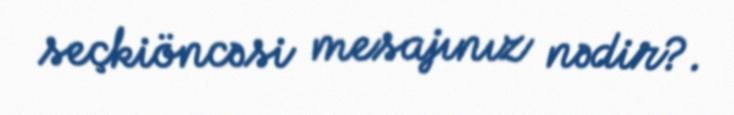
seçkiöncəsi mesajınız nədir?.